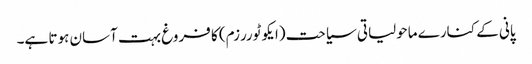
پانی کے کنارے ماحولیاتی سیاحت (ایکو ٹوررزم) کا فروغ بہت آسان ہوتا ہے۔